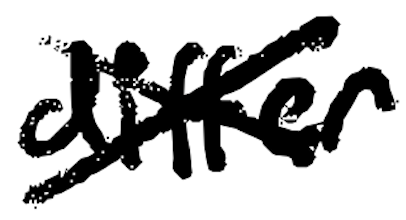
Text: differ
Cross-out: cross
Writing tool: digital_black